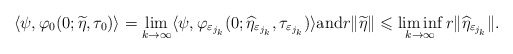
\begin{align*}\noindent \langle \psi, \varphi_0(0;\widetilde \eta,\tau_0)\rangle = \displaystyle \lim_{k\rightarrow\infty} \langle \psi,\varphi_{\varepsilon_{j_k}}(0;\widehat \eta_{\varepsilon_{j_k}},\tau_{\varepsilon_{j_k}})\rangle \mbox{and} r\|\widetilde \eta\| \leqslant \displaystyle \liminf_{k \to \infty} r\|\widehat \eta_{\varepsilon_{j_k}}\|.\end{align*}